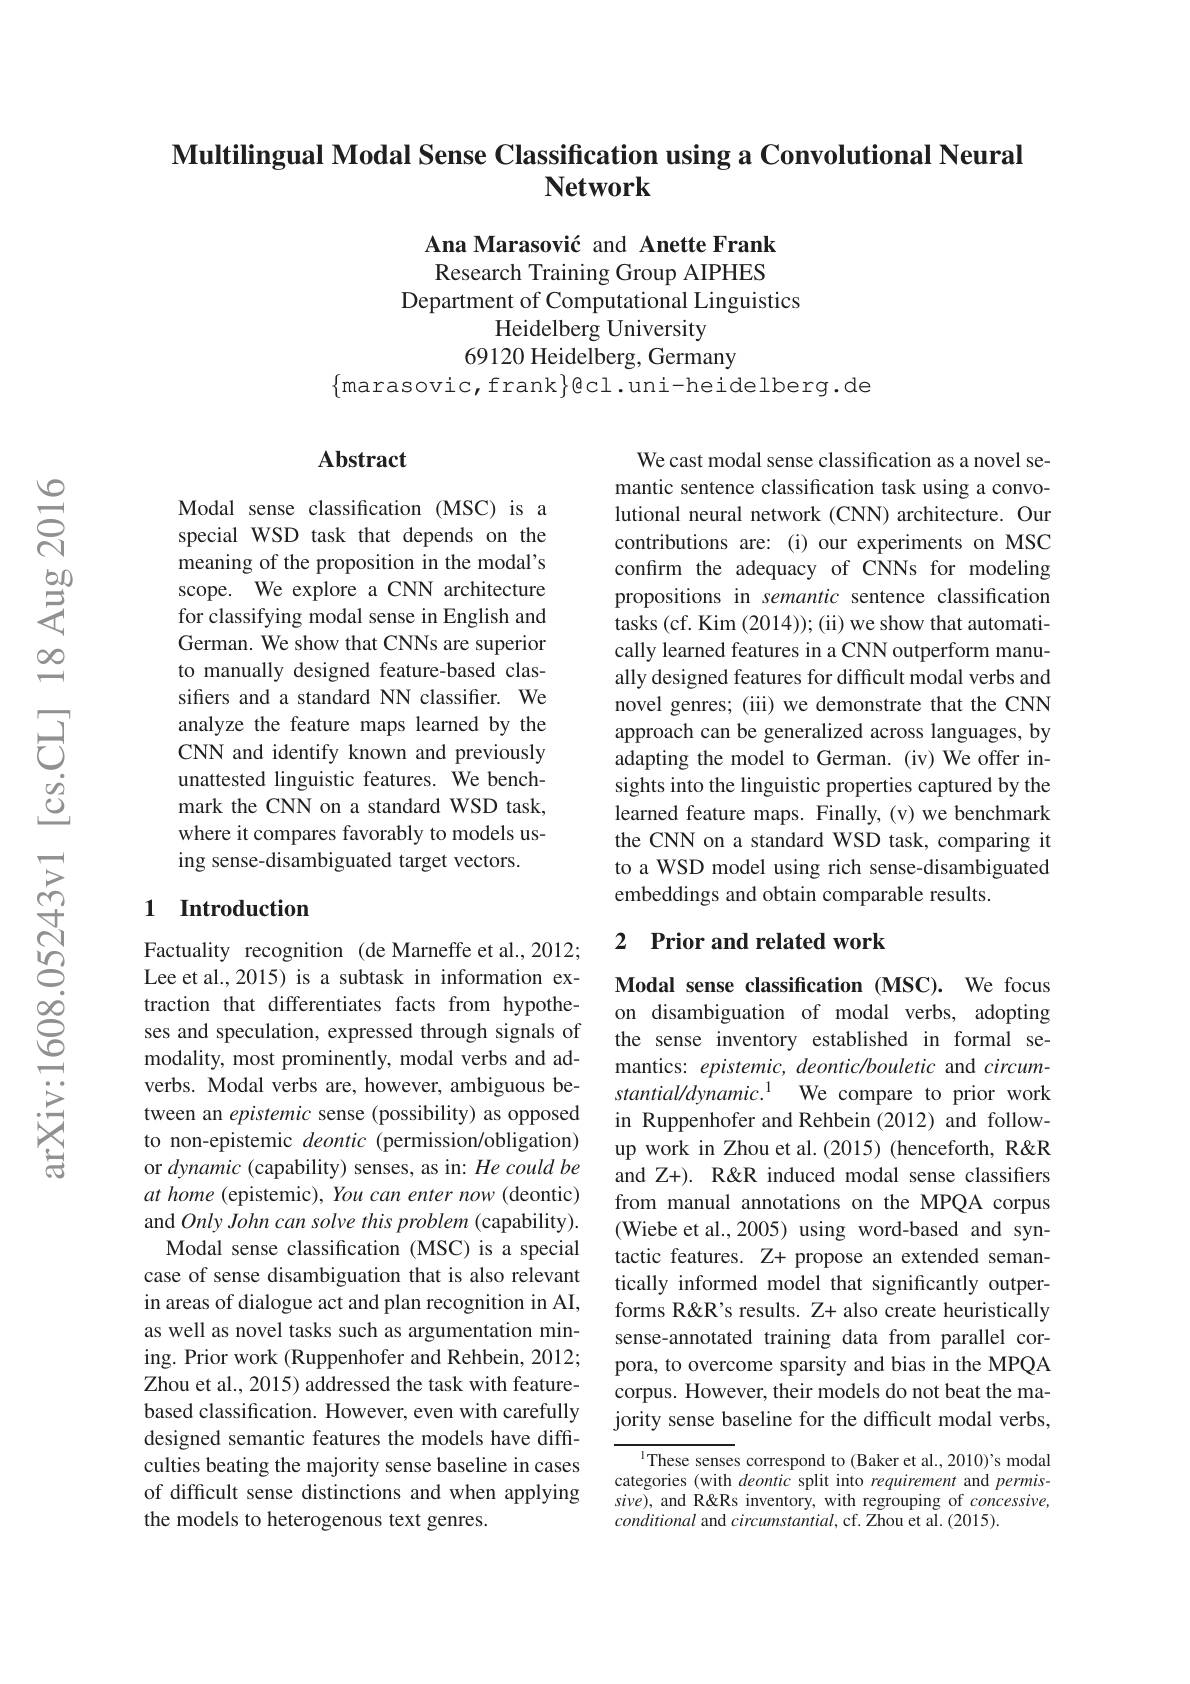
## Multilingual Modal Sense Classification using a Convolutional Neural Network

Ana Marasović and Anette Frank Research Training Group AIPHES
Department of Computational Linguistics
Heidelberg University
69120 Heidelberg, Germany
$\{$marasovic,frank$\}$ecl.uni-heidelberg.de

## Abstract

We cast modal sense classification as a novel semantic sentence classification task using a convolutional neural network (CNN) architecture. Our contributions are: (i) our experiments on MSC confirm the adequacy of CNNs for modeling propositions in semantic sentence classification tasks (cf. Kim (2014)); (ii) we show that automatically learned features in a CNN outperform manually designed features for difficult modal verbs and novel genres; (iii) we demonstrate that the CNN approach can be generalized across languages, by adapting the model to German. (iv) We offer insights into the linguistic properties captured by the learned feature maps. Finally,(v) we benchmark the CNN on a standard WSD task, comparing it to a WSD model using rich sense-disambiguated embeddings and obtain comparable results.

Modal sense classification (MSC) is a special WSD task that depends on the meaning of the proposition in the modal's scope. We explore a CNN architecture for classifying modal sense in English and German. We show that CNNs are superior to manually designed feature-based classifers and a standard NN classifier. We analyze the feature maps learned by the CNN and identify known and previously unattested linguistic features. We benchmark the CNN on a standard WSD task, where it compares favorably to models using sense-disambiguated target vectors.

## 1 Introduction

## 2 Prior and related work

Modal sense classification (MSC). We focus on disambiguation of modal verbs, adopting the sense inventory established in formal semantics: epistemic, deontic/bouletic and circumstantial/dynamic.$^{1}$ We compare to prior work in Ruppenhofer and Rehbein (2012) and followup work in Zhou et al.(2015) (henceforth, R& and Z+). R& induced modal sense classifiers from manual annotations on the MPQA corpus (Wiebe et al.,2005) using word-based and syntactic features. Z+ propose an extended semantically informed model that significantly outperforms R&R's results. Z+ also create heuristically sense-annotated training data from parallel corpora, to overcome sparsity and bias in the MPQA corpus. However, their models do not beat the majority sense baseline for the difficult modal verbs,

Factuality recognition (de Marneffe et al.,2012; Lee et al.,2015) is a subtask in information extraction that differentiates facts from hypotheses and speculation, expressed through signals of modality, most prominently, modal verbs and adverbs. Modal verbs are, however, ambiguous between an epistemic sense (possibility) as opposed to non-epistemic deontic (permission/obligation) or dynamic (capability) senses, as in: He could be $at$ home (epistemic), You can enter now (deontic) and Only John can solve this problem (capability).
Modal sense classification (MSC) is a special case of sense disambiguation that is also relevant in areas of dialogue act and plan recognition in AI, as well as novel tasks such as argumentation mining. Prior work (Ruppenhofer and Rehbein, 2012; Zhou et al., 2015) addressed the task with featurebased classification. However, even with carefully designed semantic features the models have difficulties beating the majority sense baseline in cases of difficult sense distinctions and when applying the models to heterogenous text genres.

$^{\mathrm{l}}$These senses correspond to (Baker et al., 2010)'s modal categories (with deontic split into requirement and permis- $sive)$, and R'entory, with regrouping of concessive, conditional and circumstantial, cf. Zhou et al. (2015).